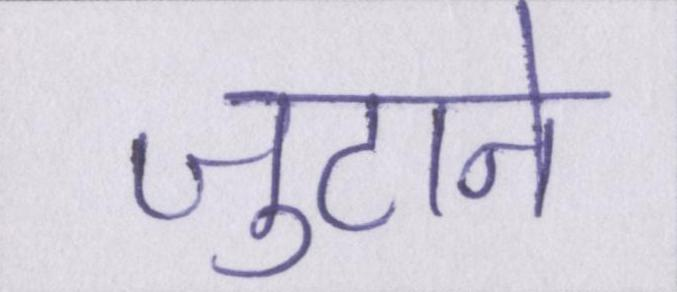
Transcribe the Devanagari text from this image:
जुटाने